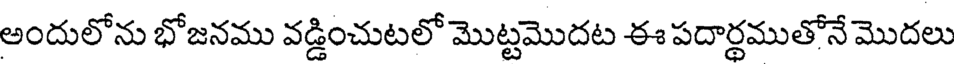
అందులోను భోజనము వడ్డించుటలో మొట్టమొదట ఈ పదార్ధముతోనే మొదలు